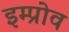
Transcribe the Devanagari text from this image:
इम्प्रोव